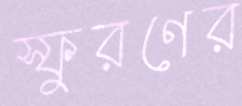
স্ফুরণের